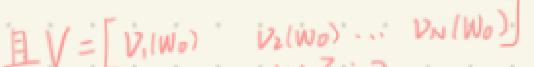
且$V = \begin{bmatrix} v_1(w_0) & v_2(w_0) & \cdots & v_N(w_0) \end{bmatrix}$